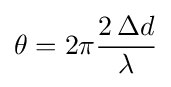
\theta =2\pi {\frac {2\,\Delta d}{\lambda }}